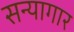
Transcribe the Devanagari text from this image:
सन्यागार